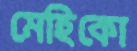
মেহিকো